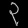
Digit: ၃